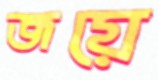
জয়ে